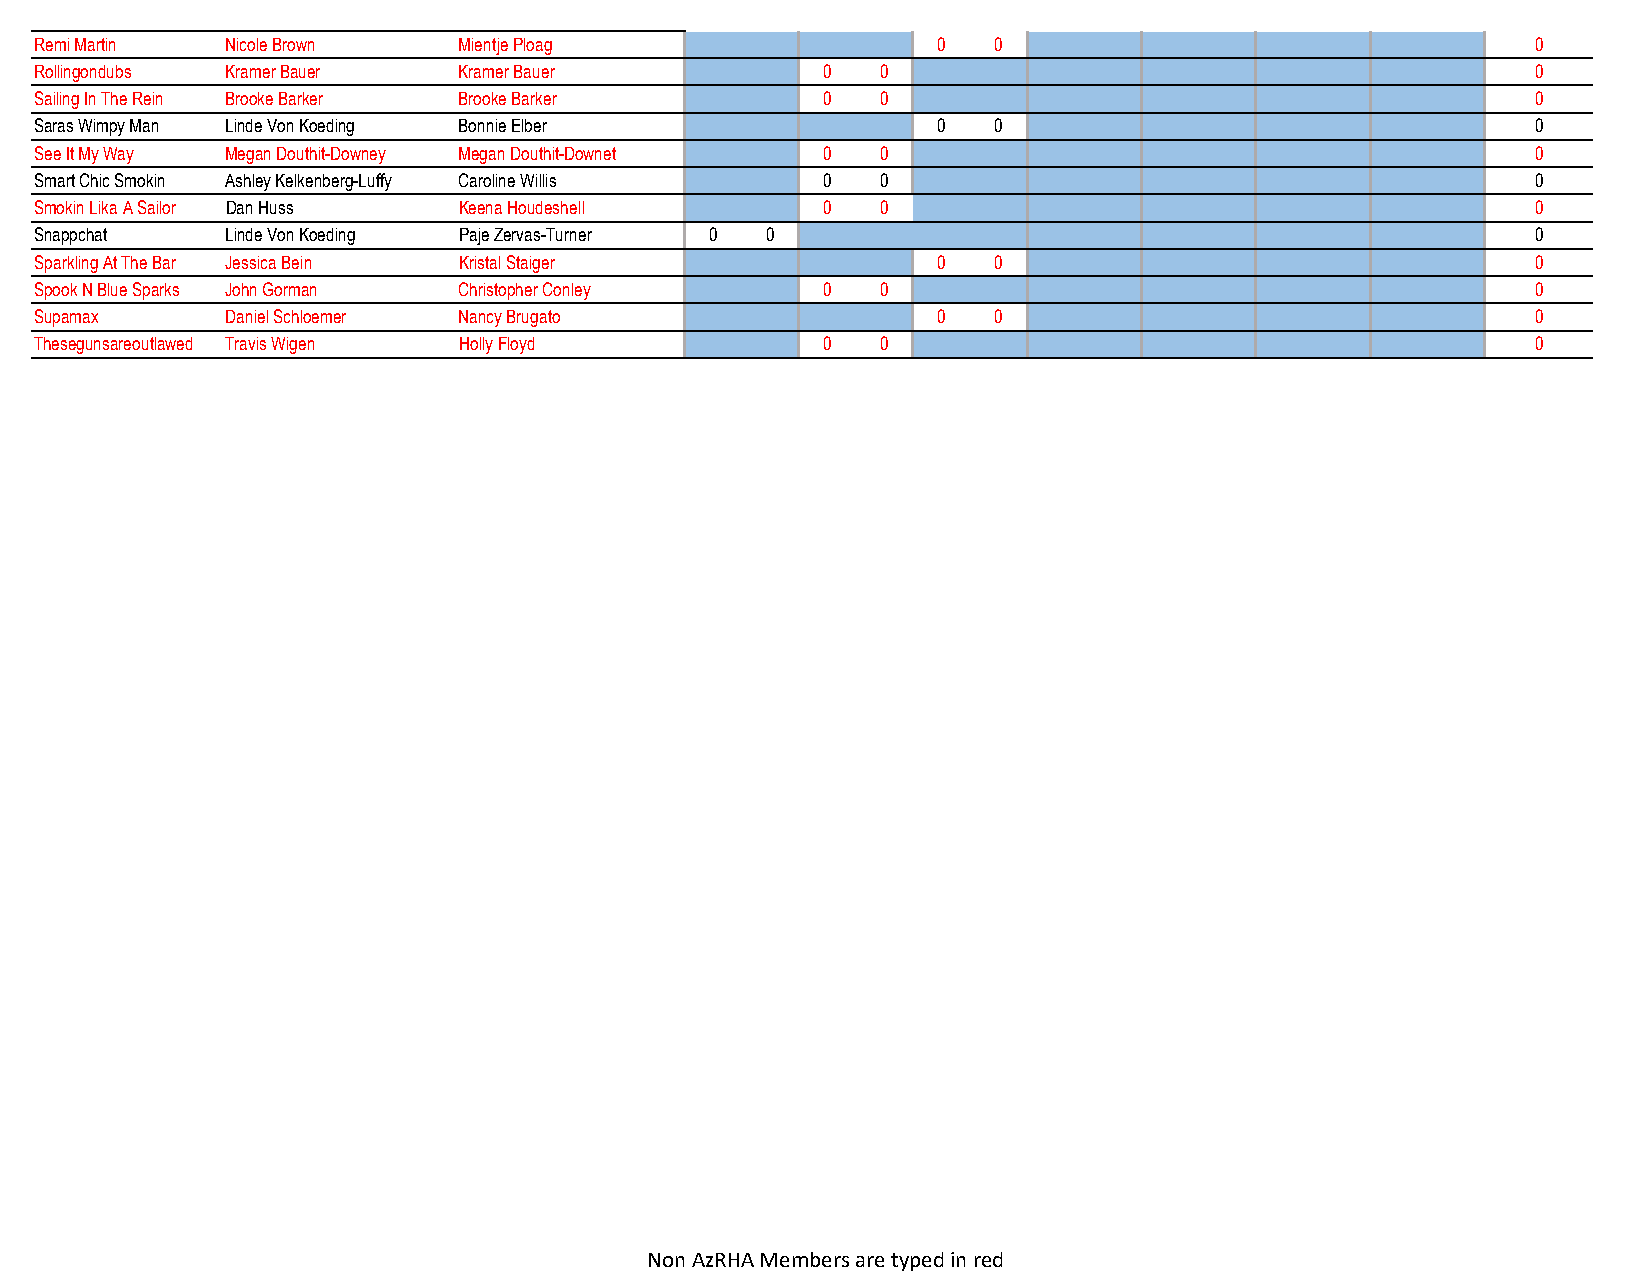
Remi Martin  Nicole Brown   Mientje Ploag                   0   0                                   0
 Rollingondubs Kramer Bauer  Kramer Bauer            0   0                                           0
 Sailing In The Rein Brooke Barker Brooke Barker     0   0                                           0
 Saras Wimpy Man Linde Von Koeding Bonnie Elber              0   0                                   0
 See It My Way Megan Douthit-Downey Megan Douthit-Downet 0 0                                         0
 Smart Chic Smokin Ashley Kelkenberg-Luffy Caroline Willis 0 0                                       0
 Smokin Lika A Sailor Dan Huss Keena Houdeshell      0   0                                           0
 Snappchat    Linde Von Koeding Paje Zervas-Turner 0 0                                               0
 Sparkling At The Bar Jessica Bein Kristal Staiger           0   0                                   0
 Spook N Blue Sparks John Gorman Christopher Conley  0   0                                           0
 Supamax      Daniel Schloemer Nancy Brugato                 0   0                                   0
 Thesegunsareoutlawed Travis Wigen Holly Floyd       0   0                                           0
 Non AzRHA Members are typed in red